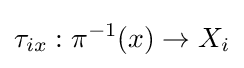
\tau _{ix}:\pi ^{-1}(x)\to X_{i}